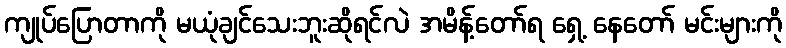
ကျုပ်ပြောတာကို မယုံချင်သေးဘူးဆိုရင်လဲ အမိန့်တော်ရ ရှေ့ နေတော် မင်းများကို